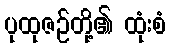
ပုထုဇဉ်တို့၏ ထုံးစံ